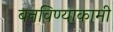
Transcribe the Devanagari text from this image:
बनविण्याकामी